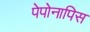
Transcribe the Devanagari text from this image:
पेपोनापिस